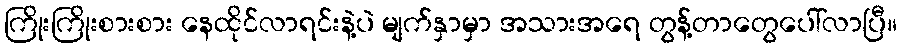
ကြိုးကြိုးစားစား နေထိုင်လာရင်းနဲ့ပဲ မျက်နှာမှာ အသားအရေ တွန့်တာတွေပေါ်လာပြီ။